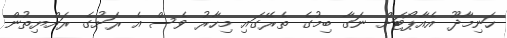
ހަނިމާދޫ އެއާޕޯޓަށް ނަގާ ބިމުގެ ތެރޭގައި މިހާރު ވެސް އެ ރަށުގެ ރައްޔިތުން